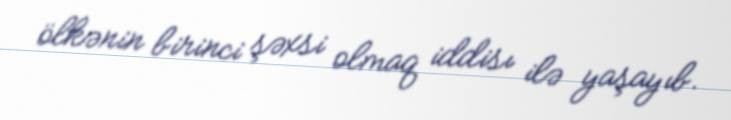
ölkənin birinci şəxsi olmaq iddisı ilə yaşayıb.